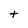
Character: t